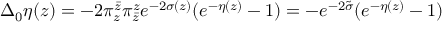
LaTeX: \Delta _ { 0 } \eta ( z ) = - 2 \pi _ { z } ^ { \bar { z } } \pi _ { \bar { z } } ^ { z } e ^ { - 2 \sigma ( z ) } ( e ^ { - \eta ( z ) } - 1 ) = - e ^ { - 2 \tilde { \sigma } } ( e ^ { - \eta ( z ) } - 1 )